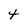
Character: t